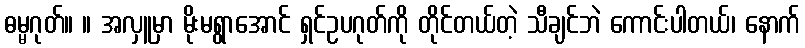
ဓမ္မဂုတ်။ ။ အလှူမှာ မိုးမရွာအောင် ရှင်ဥပဂုတ်ကို တိုင်တယ်တဲ့ သီချင်ဘဲ ကောင်းပါတယ်၊ နောက်